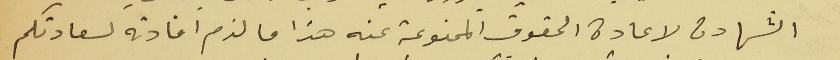
الشهادة لاعادة الحقوق الممنوعة عنه هذا ما لزم افادته لسعادتكم